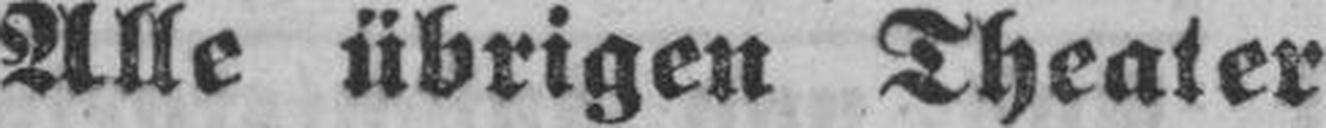
Alle übrigen Theater